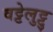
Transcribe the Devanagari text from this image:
वट्टेलुट्टु